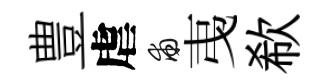
豊虐甫𢎯欷